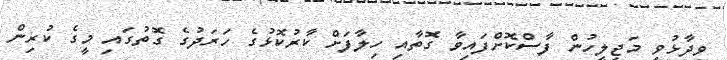
ވިދާޅުވީ މަޖިލީހުން ފާސްކޮށްފައިވާ ގޮތާއި ހިލާފަށް ކާރުކޮޅުގެ ހަރަދުގެ ގޮތުގައި މީގެ ކުރިން